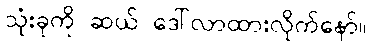
သုံးခုကို ဆယ် ဒေါ်လာထားလိုက်နော်။